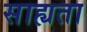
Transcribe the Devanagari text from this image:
साह्यता